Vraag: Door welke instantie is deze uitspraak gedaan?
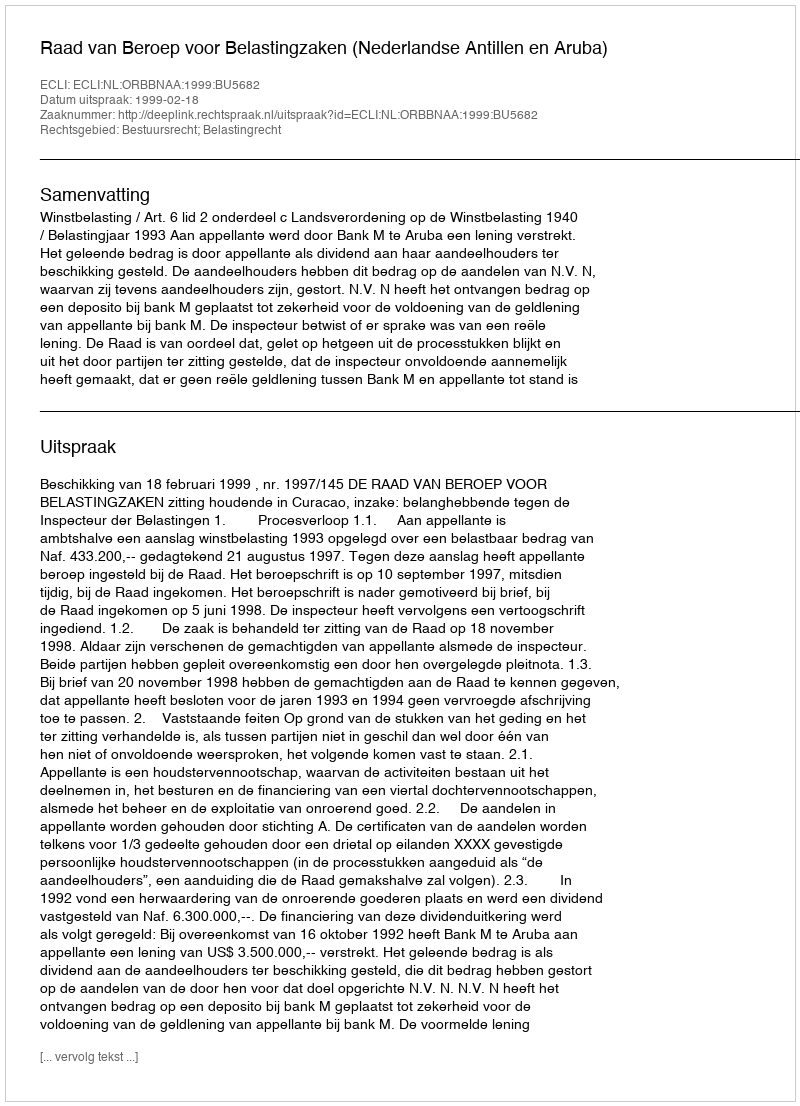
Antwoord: Raad van Beroep voor Belastingzaken (Nederlandse Antillen en Aruba)